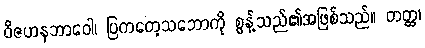
ဝိဇဟနဘာဝေါ၊ ပြကတေ့သဘောကို စွန့်သည်၏အဖြစ်သည်။ တတ္ထ၊